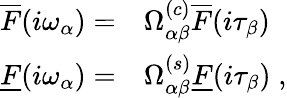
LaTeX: \begin{array}{rl}{\overline{{F}}(i\omega_{\alpha})=}&{{}\Omega_{\alpha\beta}^{(c)}\overline{{F}}(i\tau_{\beta})}\\ {\underline{{F}}(i\omega_{\alpha})=}&{{}\Omega_{\alpha\beta}^{(s)}\underline{{F}}(i\tau_{\beta})\; ,}\end{array}